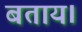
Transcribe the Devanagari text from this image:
बताय।